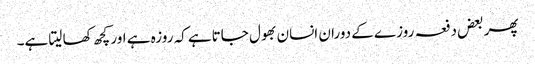
پھر بعض دفعہ روزے کے دوران انسان بھول جاتاہے کہ روزہ ہے اور کچھ کھا لیتا ہے۔